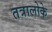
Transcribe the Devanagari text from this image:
तत्रालोके